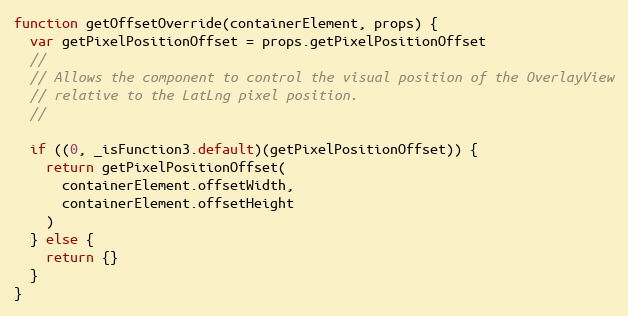
Language: JavaScript
function getOffsetOverride(containerElement, props) {
  var getPixelPositionOffset = props.getPixelPositionOffset
  //
  // Allows the component to control the visual position of the OverlayView
  // relative to the LatLng pixel position.
  //

  if ((0, _isFunction3.default)(getPixelPositionOffset)) {
    return getPixelPositionOffset(
      containerElement.offsetWidth,
      containerElement.offsetHeight
    )
  } else {
    return {}
  }
}